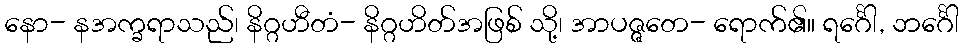
နော- နအက္ခရာသည်၊ နိဂ္ဂဟီတံ- နိဂ္ဂဟိတ်အဖြစ် သို့၊ အာပဇ္ဇတေ- ရောက်၏။ ရင်္ဂေါ, ဘင်္ဂေါ